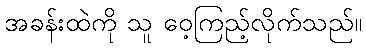
အခန်းထဲကို သူ ဝေ့ကြည့်လိုက်သည်။